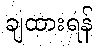
ချထားရန်